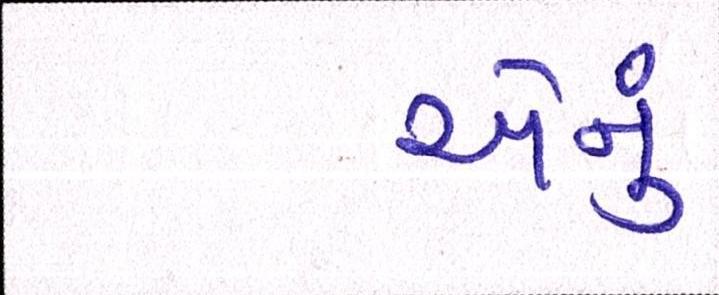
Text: એનું